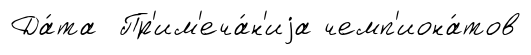
Да́та Пр'им'еча́н'иjа чемп'иона́тов